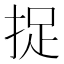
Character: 捉